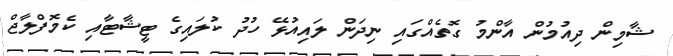
ޝާމިން ދިއުމުން އާންމު ގޮތެއްގައި ނިދަން ލައިއުޅޭ ހުދު ކުލައިގެ ޓީޝާޓާއި ކެމޮފްލާޖް